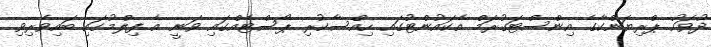
ދުވަހު ޕްރިޔަންކާގެ އިންސްޓަގުރަމް އެކައުންޓުގައި ހިއްސާކުރި ޕޯސްޓެއްގައި ވަނީ އެ ފިލްމުގައި ބައިވެރިވި